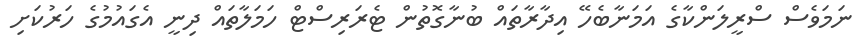
ނަމަވެސް ސްރީލަންކާގެ އަމަނާބެހޭ އިދާރާތައް ބުނާގޮތުން ޓެރަރިސްޓް ހަމަލާތައް ދިނީ އެގައުމުގެ ހަރުކަށި